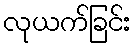
လုယက်ခြင်း